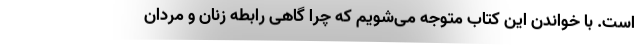
است. با خواندن این کتاب متوجه می‌شویم که چرا گاهی رابطه زنان و مردان